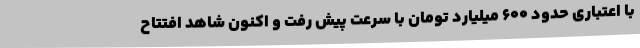
با اعتباری حدود 600 میلیارد تومان با سرعت پیش رفت و اکنون شاهد افتتاح